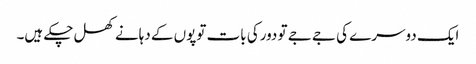
ایک دوسرے کی جے جے تو دورکی بات توپوں کے دہانے کھل چکے ہیں۔